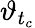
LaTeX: \vartheta_{t_{c}}